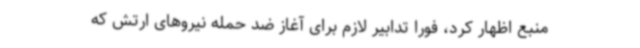
منبع اظهار کرد، فورا تدابیر لازم برای آغاز ضد حمله نیروهای ارتش که